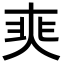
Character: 𡘼